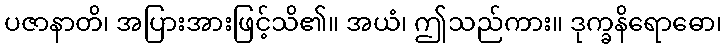
ပဇာနာတိ၊ အပြားအားဖြင့်သိ၏။ အယံ၊ ဤသည်ကား။ ဒုက္ခနိရောဓော၊